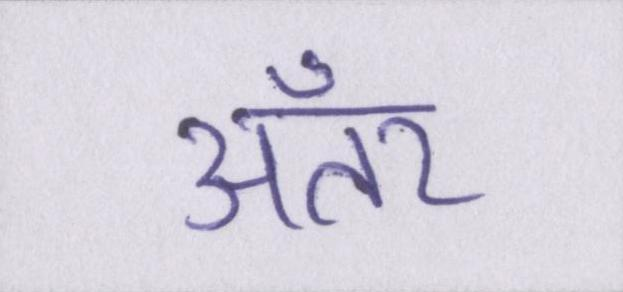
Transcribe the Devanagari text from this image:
अँतर